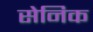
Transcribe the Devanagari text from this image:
सेनिक